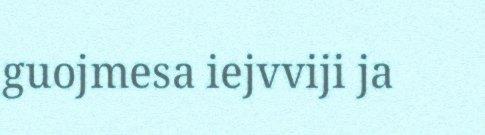
guojmesa iejvviji ja